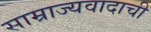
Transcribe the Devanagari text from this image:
साम्राज्यवादाची